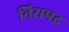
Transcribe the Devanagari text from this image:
निसपद